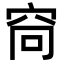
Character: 𫁋